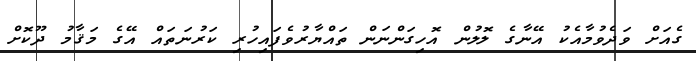
ގެއަށް ވަދެވުމާއެކު އޭނާގެ ލޮލުން އޮހިގަންނަން ތައްޔާރުވެފައިހުރި ކަރުނަތައް އޭގެ މަޤާމު ދޫކޮށް